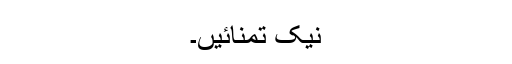
نیک تمنائیں۔